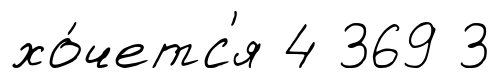
хо́четс'я 4 369 3